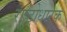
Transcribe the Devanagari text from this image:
राष्ट्रोधारक